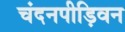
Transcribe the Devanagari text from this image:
चंदनपीड़िवन